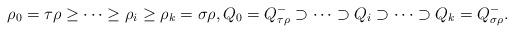
LaTeX: \begin{align*}\rho_0=\tau\rho \geq \cdots \geq \rho_i \geq \rho_k=\sigma \rho,Q_0=Q^-_{\tau\rho} \supset \cdots \supset Q_i \supset \cdots \supset Q_k=Q^-_{\sigma\rho}.\end{align*}